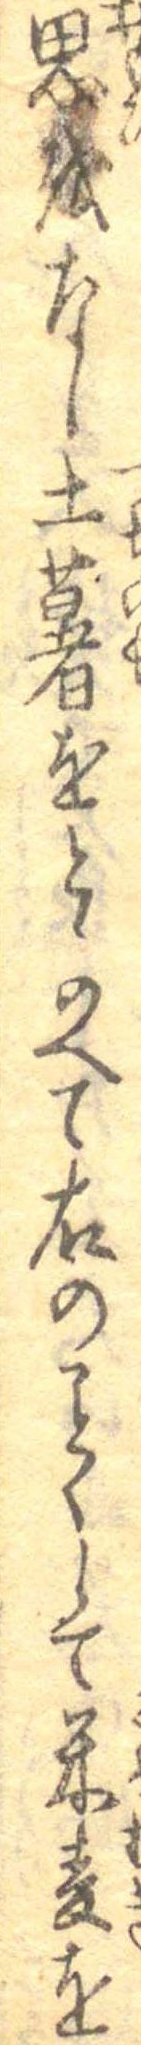
思をなし土薯をとゝのへて右のことくして米麦を